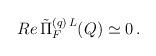
LaTeX: \begin{align*}Re \, \tilde{\Pi}_F^{(q) \, L} (Q) \simeq 0 \, . \end{align*}